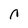
Character: n